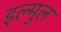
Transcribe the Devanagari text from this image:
इल्मुल